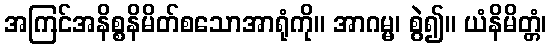
အကြင်အနိစ္စနိမိတ်စသောအာရုံကို။ အာဂမ္မ၊ စွဲ၍။ ယံနိမိတ္တံ၊